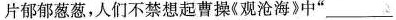
片郁郁葱葱，人们不禁想起曹操《观沧海》中”___，___”这两句诗。